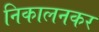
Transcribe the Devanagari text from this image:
निकालनकर